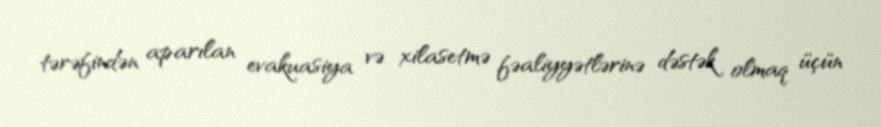
tərəfindən aparılan evakuasiya və xilasetmə fəaliyyətlərinə dəstək olmaq üçün